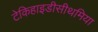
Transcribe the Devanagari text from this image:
टेकिहाइडीसीथमिया